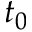
t _ { 0 }